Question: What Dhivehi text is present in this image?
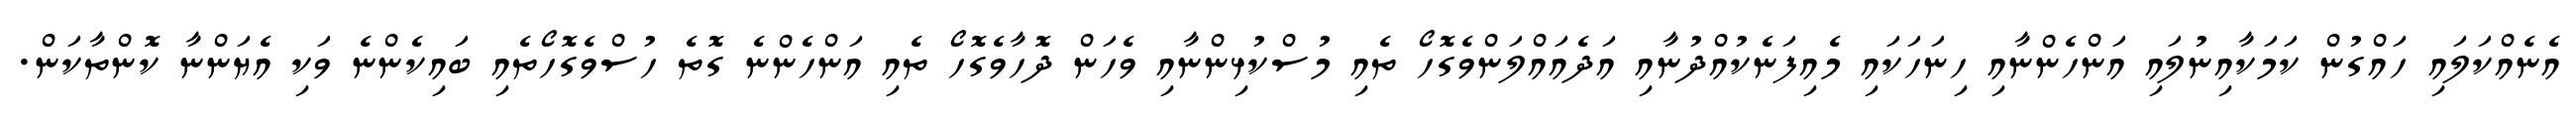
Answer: އެނެއްކަލައި ހައްގުން ކަމަކާއިނުލައި އަންހެންނާއި ހިނަހަކައި މެއިފަނެކުއްދުނާއި އަދެއައްލަންވެގޮހޯ ތެއި މުސްކުޅިންނާއި ވެހަން ދޮހާވެގޮހޯ ތެއި އަންހެންނެ ގޮތެ ހުސްވެގޮހޯތެއި ބައިކެންނެ ވަކި އެޔަންނާ ކޮންތާކަން.